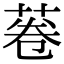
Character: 菤